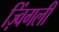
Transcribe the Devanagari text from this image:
ज़्विंगली